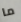
ما